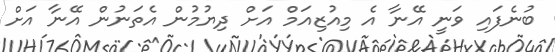
ބުނެފައި ވަނީ އޭނާ އެ މިއުޒިއަމް އަށް ދިޔުމުން އެތަނުން އޭނާ އަށް